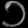
Digit: ၁